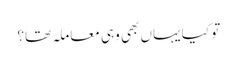
تو کیا یہاں بھی وہی معاملہ تھا؟